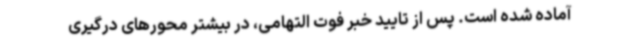
آماده شده است. پس از تایید خبر فوت التهامی، در بیشتر محورهای درگیری